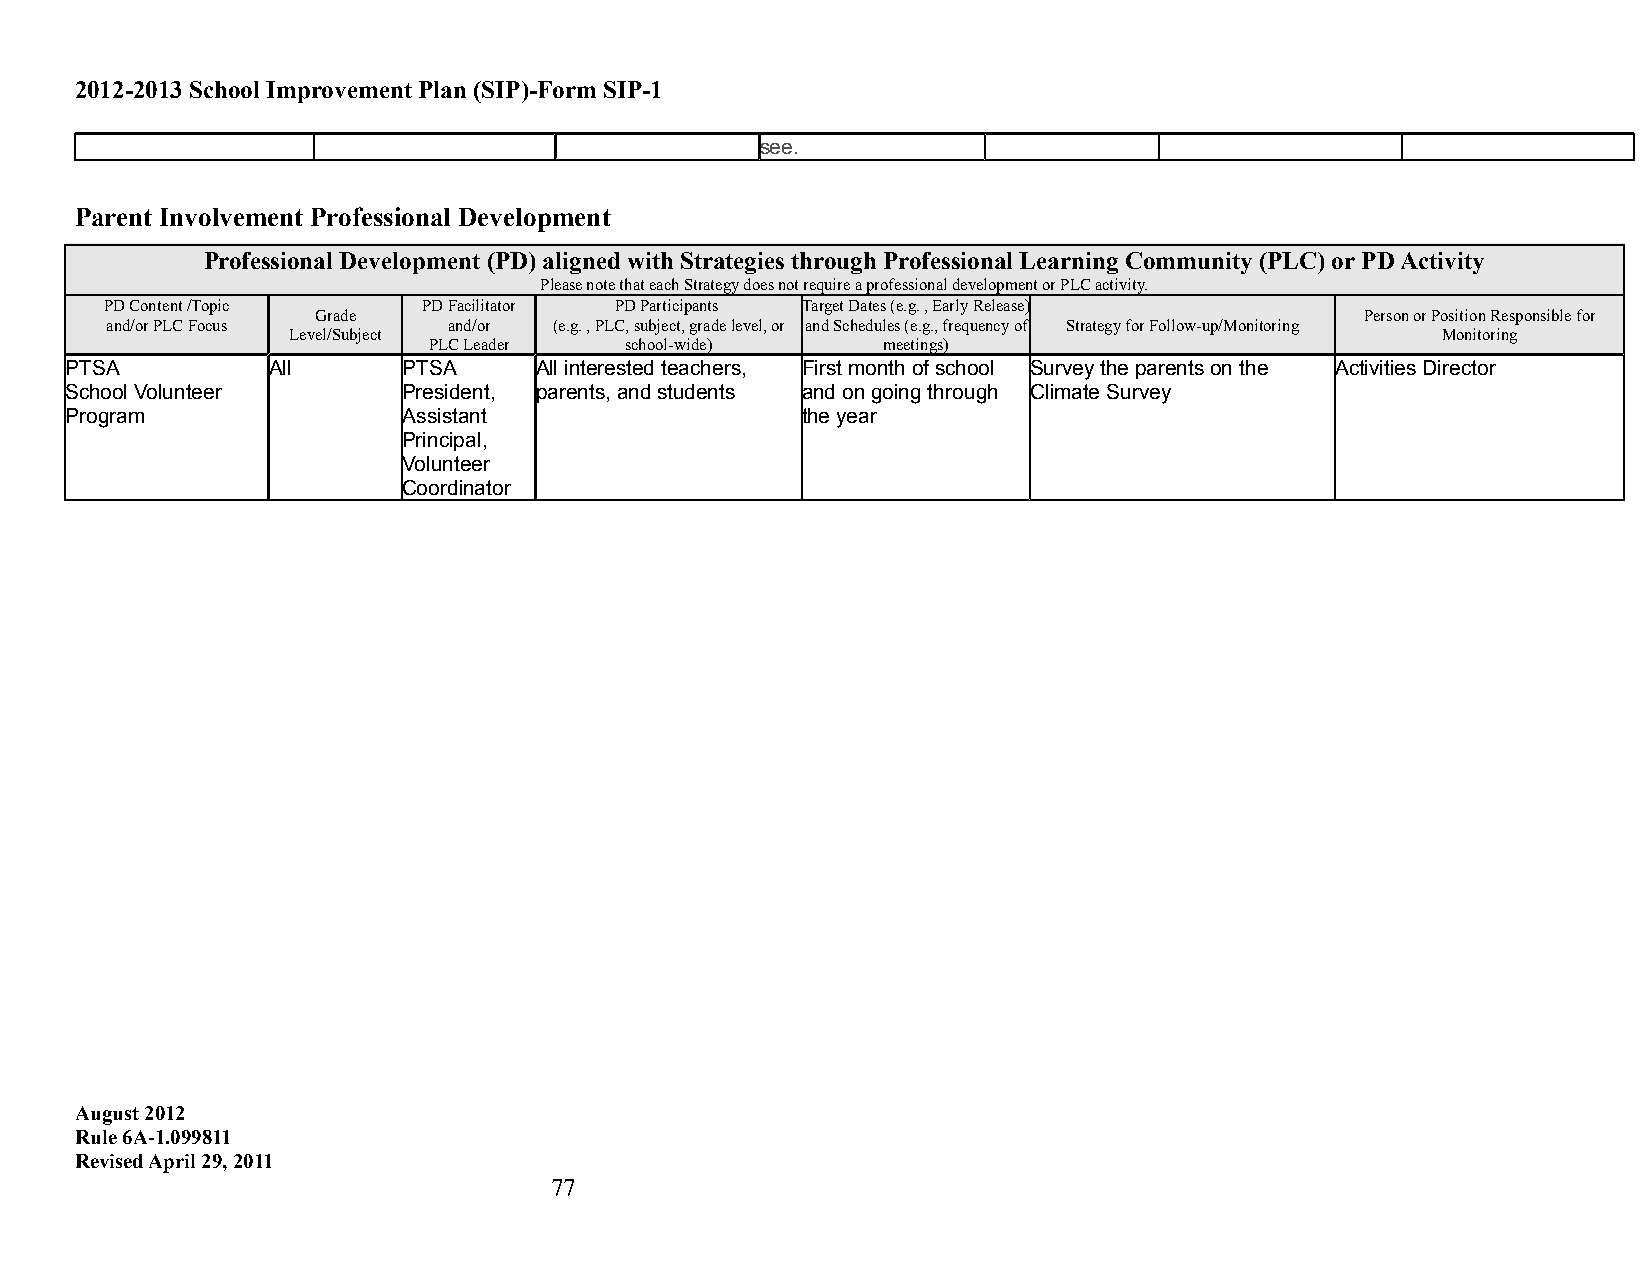
2012-2013 School Improvement Plan (SIP)-Form SIP-1
 see.
 Parent Involvement Professional Development
 Professional Development (PD) aligned with Strategies through Professional Learning Community (PLC) or PD Activity
 Please note that each Strategy does not require a professional development or PLC activity.
 PD Content /Topic    PD Facilitator PD Participants Target Dates (e.g. , Early Release)
 Grade                                                                Person or Position Responsible for
 and/or PLC Focus       and/or (e.g. , PLC, subject, grade level, or and Schedules (e.g., frequency of Strategy for Follow-up/Monitoring
 Level/Subject                                                               Monitoring
 PLC Leader   school-wide)     meetings)
 PTSA          All      PTSA    All interested teachers, First month of school Survey the parents on the Activities Director
 School Volunteer       President, parents, and students and on going through Climate Survey
 Program                Assistant                 the year
 Principal,
 Volunteer
 Coordinator
 August 2012
 Rule 6A-1.099811
 Revised April 29, 2011
 77